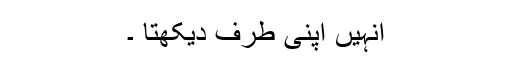
انہیں اپنی طرف دیکھتا ۔